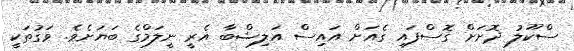
ސްކޫލު ދޮށަށް ގޮސްފައި ގެއަށް އައިސް އަލިޝްބާ އެރީ ނީލަމްގެ ބަޔަށެވެ. ވަގުތަކީ